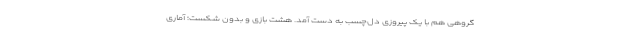
گروهی هم با یک پیروزی دل‌چسب به دست آمد. هشت بازی و بدون شکست؛ آماری